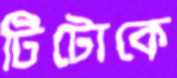
টিটোকে